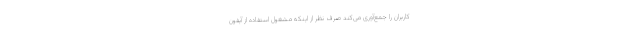
کاربران را جمع‌آوری می‌کند صرف ‌نظر از اینکه مشغول استفاده از آیفون